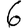
Digit: 6